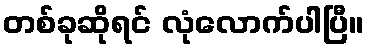
တစ်ခုဆိုရင် လုံလောက်ပါပြီ။